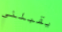
يقبلني